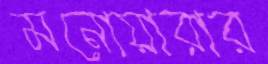
মনোয়ারার